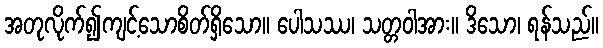
အတုလိုက်၍ကျင့်သောစိတ်ရှိသော။ ပေါသဿ၊ သတ္တဝါအား။ ဒိသော၊ ရန်သည်။